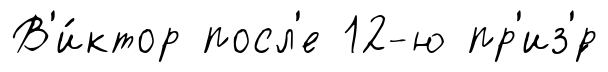
В'и́ктор посл'е 12-ю пр'из'́р